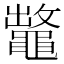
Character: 𪓶